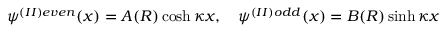
\psi ^ { ( I I ) e v e n } ( x ) = A ( R ) \cosh \kappa x , \quad \psi ^ { ( I I ) o d d } ( x ) = B ( R ) \sinh \kappa x